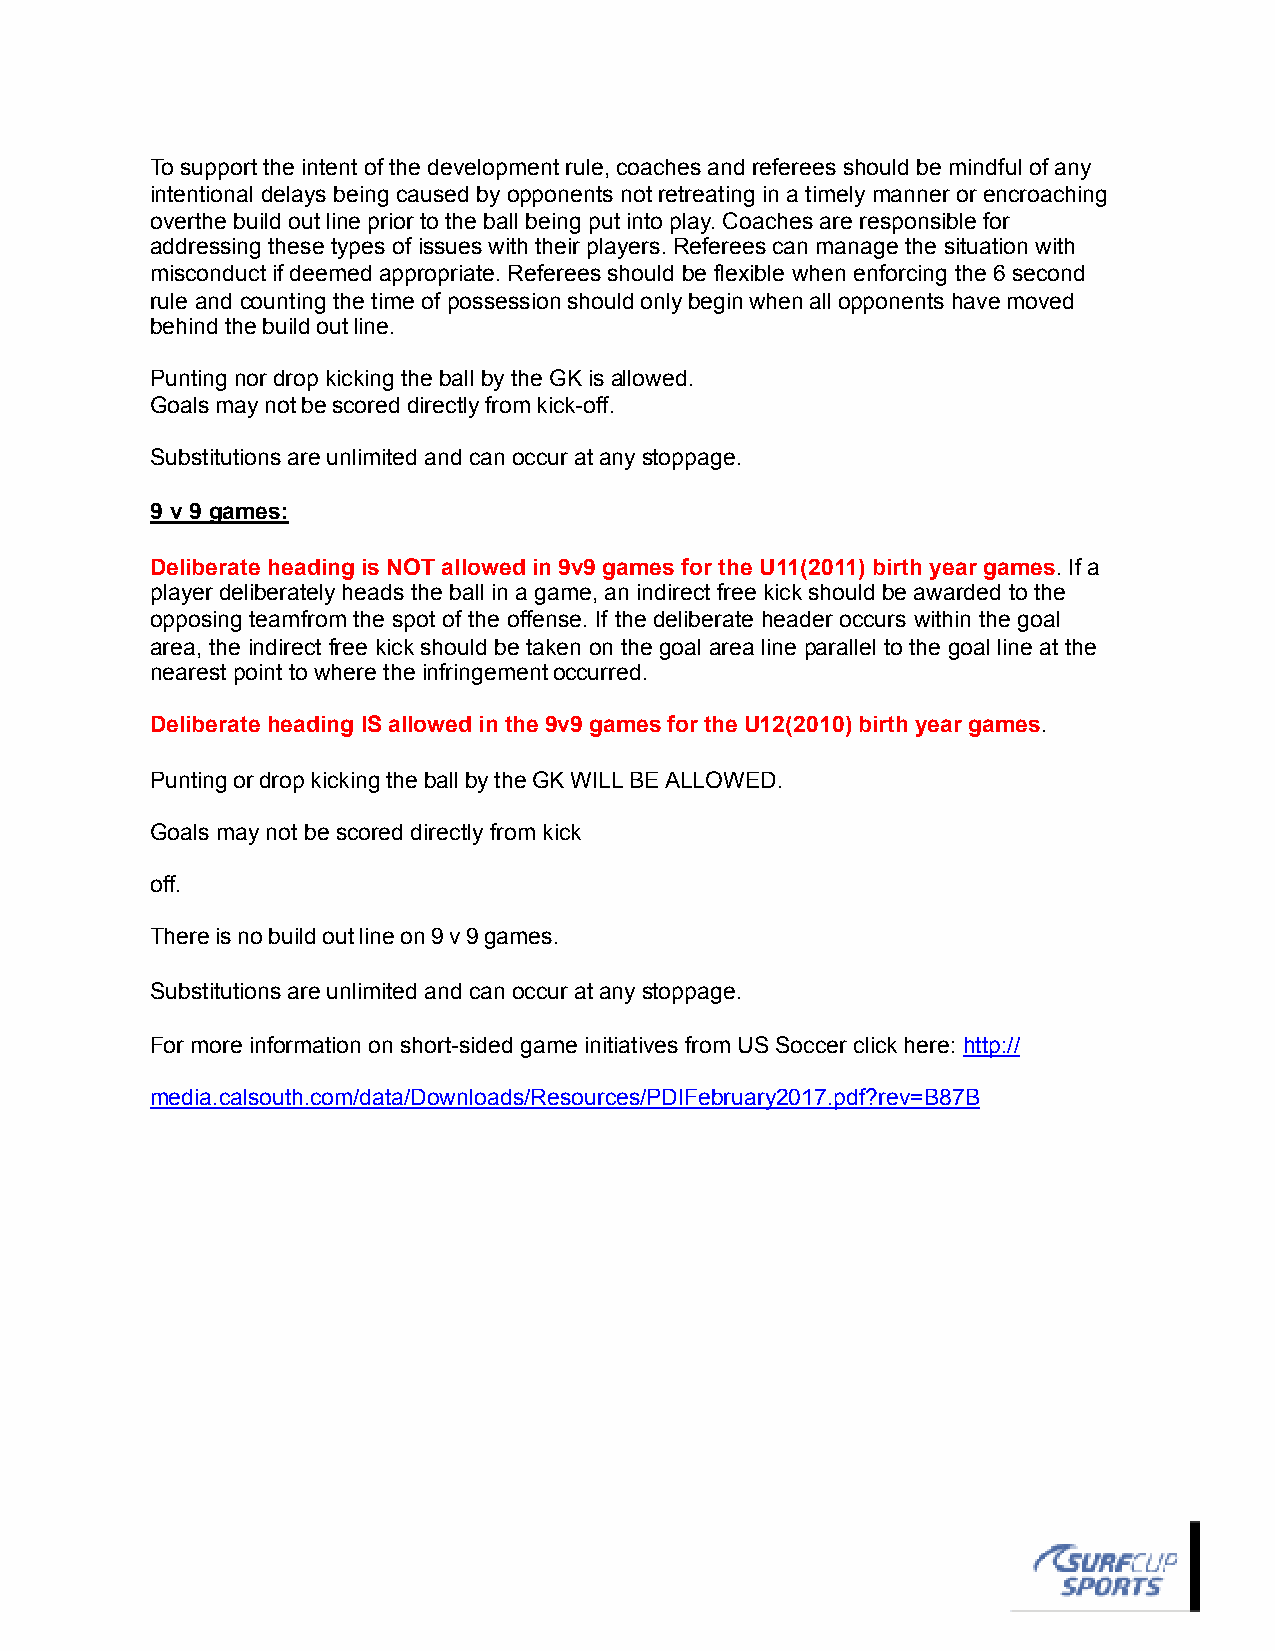
To support the intent of the development rule, coaches and referees should be mindful of any
 intentional delays being caused by opponents not retreating in a timely manner or encroaching
 over the build out line prior to the ball being put into play. Coaches are responsible for
 addressing these types of issues with their players. Referees can manage the situation with
 misconduct if deemed appropriate. Referees should be flexible when enforcing the 6 second
 rule and counting the time of possession should only begin when all opponents have moved
 behind the build out line.
 Punting nor drop kicking the ball by the GK is allowed.
 Goals may not be scored directly from kick-off.
 Substitutions are unlimited and can occur at any stoppage.
 9 v 9 games:
 Deliberate heading is NOT allowed in 9v9 games for the U11(2011) birth year games. If a
 player deliberately heads the ball in a game, an indirect free kick should be awarded to the
 opposing team from the spot of the offense. If the deliberate header occurs within the goal
 area, the indirect free kick should be taken on the goal area line parallel to the goal line at the
 nearest point to where the infringement occurred.
 Deliberate heading IS allowed in the 9v9 games for the U12(2010) birth year games.
 Punting or drop kicking the ball by the GK WILL BE ALLOWED.
 Goals may not be scored directly from kick
 off.
 There is no build out line on 9 v 9 games.
 Substitutions are unlimited and can occur at any stoppage.
 For more information on short-sided game initiatives from US Soccer click here: http://
 media.calsouth.com/data/Downloads/Resources/PDIFebruary2017.pdf?rev=B87B